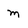
Character: m